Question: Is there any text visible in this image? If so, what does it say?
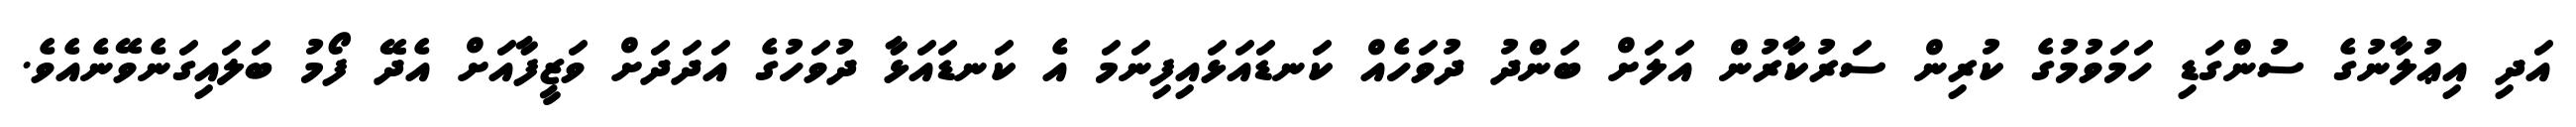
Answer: އަދި އިޢުލާނުގެ ސުންގަޑި ހަމަވުމުގެ ކުރިން ސަރުކާރުން އަލަށް ބަންދު ދުވަހެއް ކަނޑައަޅައިފިނަމަ އެ ކަނޑައަޅާ ދުވަހުގެ އަދަދަށް ވަޒީފާއަށް އެދޭ ފޯމު ބަލައިގަނެވޭނެއެވެ.